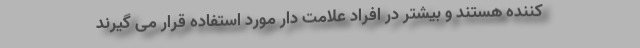
کننده هستند و بیشتر در افراد علامت دار مورد استفاده قرار می گیرند